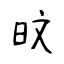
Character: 旼